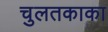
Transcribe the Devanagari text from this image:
चुलतकाका